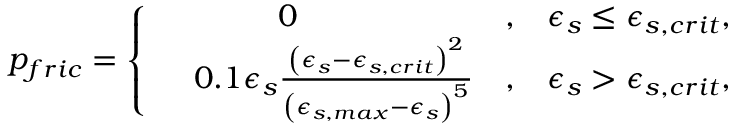
\begin{array} { r } { p _ { f r i c } = \left\{ \begin{array} { r l r l } & { ~ ~ ~ ~ ~ ~ ~ ~ 0 } & { , } & { \epsilon _ { s } \le \epsilon _ { s , c r i t } , } \\ & { 0 . 1 \epsilon _ { s } \frac { \left( \epsilon _ { s } - \epsilon _ { s , c r i t } \right) ^ { 2 } } { \left( \epsilon _ { s , m a x } - \epsilon _ { s } \right) ^ { 5 } } } & { , } & { \epsilon _ { s } > \epsilon _ { s , c r i t } , } \end{array} \right. } \end{array}